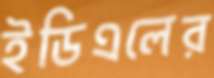
ইডিএলের